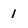
Character: 1